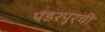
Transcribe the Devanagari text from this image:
पंडरपूरची